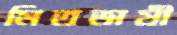
মিতভাষী